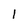
Character: 1